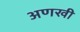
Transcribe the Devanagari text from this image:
अणखी